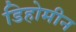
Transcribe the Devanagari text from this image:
डिहोमीन